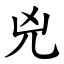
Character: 兇